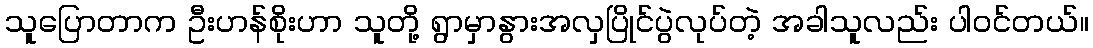
သူပြောတာက ဦးဟန်စိုးဟာ သူတို့ ရွာမှာနွားအလှပြိုင်ပွဲလုပ်တဲ့ အခါသူလည်း ပါဝင်တယ်။